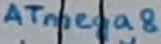
Text: ATmega8